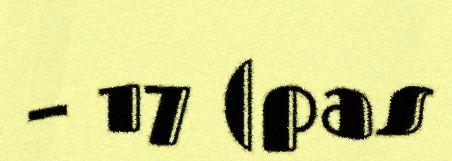
– 17 (pas